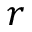
r